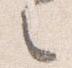
之